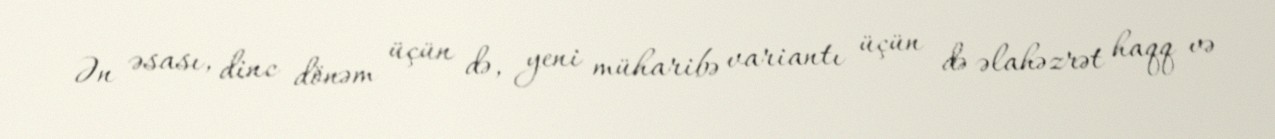
Ən əsası, dinc dönəm üçün də, yeni müharibə variantı üçün də əlahəzrət haqq və